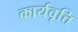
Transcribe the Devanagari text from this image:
कार्यवृत्ति